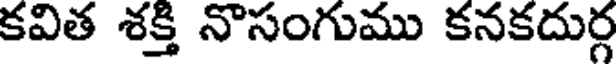
కవిత శక్తి నొసంగుము కనకదుర్గ